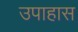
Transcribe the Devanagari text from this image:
उपाहास